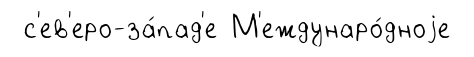
с'ев'еро-за́пад'е М'еждунаро́дноjе